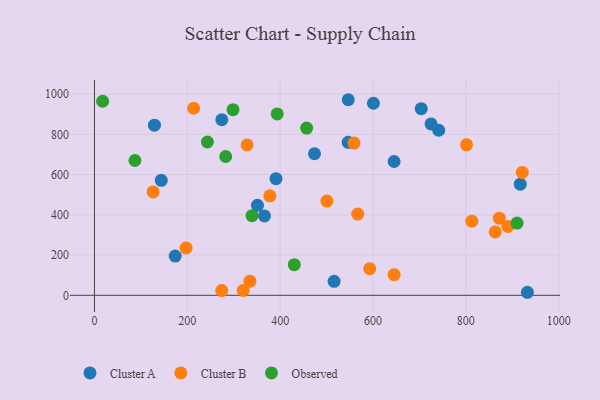
{"axis": {"x": "Investment", "y": "Demand"}, "legend": ["Cluster A", "Cluster B", "Observed"], "data": [{"x": "932.5", "y": 15.1, "type": "Cluster A"}, {"x": "741.6", "y": 820.3, "type": "Cluster A"}, {"x": "917.2", "y": 552.1, "type": "Cluster A"}, {"x": "516.2", "y": 69.7, "type": "Cluster A"}, {"x": "600.9", "y": 954.5, "type": "Cluster A"}, {"x": "725.0", "y": 851.7, "type": "Cluster A"}, {"x": "129.2", "y": 845.3, "type": "Cluster A"}, {"x": "351.1", "y": 447.0, "type": "Cluster A"}, {"x": "173.9", "y": 195.0, "type": "Cluster A"}, {"x": "546.5", "y": 760.5, "type": "Cluster A"}, {"x": "474.0", "y": 703.4, "type": "Cluster A"}, {"x": "366.2", "y": 394.6, "type": "Cluster A"}, {"x": "143.9", "y": 571.6, "type": "Cluster A"}, {"x": "546.7", "y": 972.0, "type": "Cluster A"}, {"x": "645.5", "y": 664.9, "type": "Cluster A"}, {"x": "391.0", "y": 579.6, "type": "Cluster A"}, {"x": "703.9", "y": 927.7, "type": "Cluster A"}, {"x": "274.3", "y": 872.4, "type": "Cluster A"}, {"x": "593.0", "y": 132.3, "type": "Cluster B"}, {"x": "328.7", "y": 747.5, "type": "Cluster B"}, {"x": "567.1", "y": 403.7, "type": "Cluster B"}, {"x": "872.0", "y": 383.2, "type": "Cluster B"}, {"x": "801.5", "y": 748.0, "type": "Cluster B"}, {"x": "197.3", "y": 235.2, "type": "Cluster B"}, {"x": "921.6", "y": 610.9, "type": "Cluster B"}, {"x": "334.9", "y": 70.4, "type": "Cluster B"}, {"x": "377.8", "y": 494.4, "type": "Cluster B"}, {"x": "126.3", "y": 514.0, "type": "Cluster B"}, {"x": "890.4", "y": 342.3, "type": "Cluster B"}, {"x": "863.3", "y": 315.0, "type": "Cluster B"}, {"x": "274.1", "y": 23.5, "type": "Cluster B"}, {"x": "812.9", "y": 368.3, "type": "Cluster B"}, {"x": "320.4", "y": 24.2, "type": "Cluster B"}, {"x": "500.7", "y": 468.1, "type": "Cluster B"}, {"x": "213.8", "y": 929.6, "type": "Cluster B"}, {"x": "645.4", "y": 102.4, "type": "Cluster B"}, {"x": "559.0", "y": 756.8, "type": "Cluster B"}, {"x": "243.3", "y": 761.8, "type": "Observed"}, {"x": "17.6", "y": 964.5, "type": "Observed"}, {"x": "282.7", "y": 689.9, "type": "Observed"}, {"x": "393.6", "y": 901.5, "type": "Observed"}, {"x": "910.3", "y": 359.0, "type": "Observed"}, {"x": "87.2", "y": 669.9, "type": "Observed"}, {"x": "457.0", "y": 831.2, "type": "Observed"}, {"x": "430.4", "y": 152.4, "type": "Observed"}, {"x": "298.4", "y": 922.4, "type": "Observed"}, {"x": "339.4", "y": 395.6, "type": "Observed"}]}